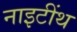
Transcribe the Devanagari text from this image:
नाइटींथ